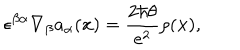
LaTeX: \epsilon ^ { \beta \alpha } \nabla _ { \beta } a _ { \alpha } ( { \bf x } ) = { \frac { 2 \hbar \theta } { e ^ { 2 } } } \rho ( { \bf x } ) ,